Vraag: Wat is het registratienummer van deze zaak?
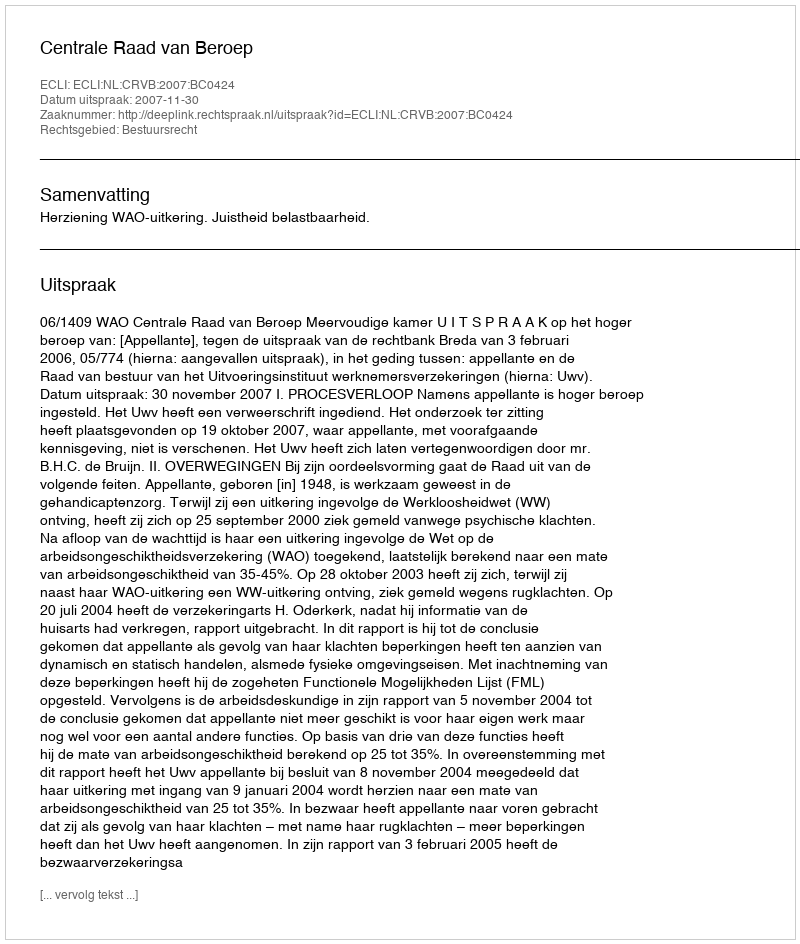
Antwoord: http://deeplink.rechtspraak.nl/uitspraak?id=ECLI:NL:CRVB:2007:BC0424